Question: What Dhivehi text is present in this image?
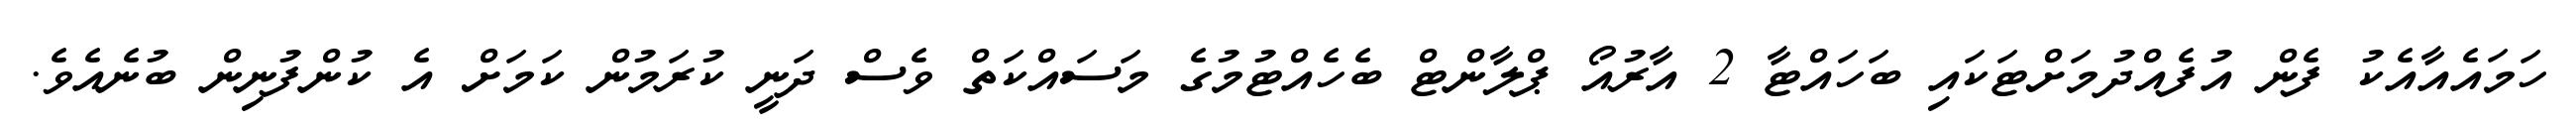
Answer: ހަމައެއާއެކު ފެން އުފެއްދުމަށްޓަކައި ބަހައްޓާ 2 އާރުއޯ ޕްލާންޓް ބެހެއްޓުމުގެ މަސައްކަތް ވެސް ދަނީ ކުރަމުން ކަމަށް އެ ކުންފުނިން ބުނެއެވެ.